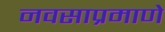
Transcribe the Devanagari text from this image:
नवसाप्रमाणे